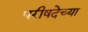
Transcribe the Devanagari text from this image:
परीषदेच्या